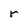
Character: r